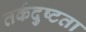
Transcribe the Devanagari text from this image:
तर्कदुष्टता